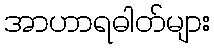
အာဟာရဓါတ်များ